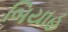
બિયાહ